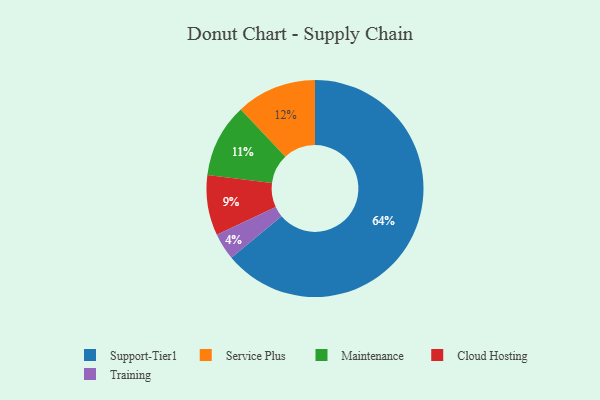
{"axis": {"x": "Category", "y": "Percentage"}, "legend": ["Cloud Hosting", "Maintenance", "Service Plus", "Support-Tier1", "Training"], "data": [{"x": "Cloud Hosting", "y": 9, "type": "Cloud Hosting"}, {"x": "Maintenance", "y": 11, "type": "Maintenance"}, {"x": "Support-Tier1", "y": 64, "type": "Support-Tier1"}, {"x": "Service Plus", "y": 12, "type": "Service Plus"}, {"x": "Training", "y": 4, "type": "Training"}]}